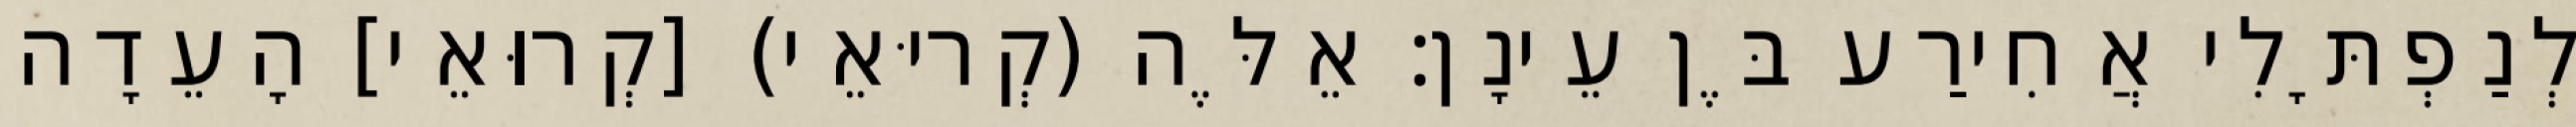
לְנַפְתָּלִי אֲחִירַע בֶּן עֵינָן׃ אֵלֶּה (קְריּאֵי) [קְרוּאֵי] הָעֵדָה